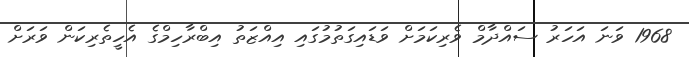
1968 ވަނަ އަހަރު ސައްދާމް ވެރިކަމަށް ވަޑައިގަތުމުގައި އިއްޒަތު އިބްރާހިމްގެ އެހީތެރިކަން ވަރަށް